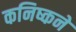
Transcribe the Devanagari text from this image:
कनिष्कने